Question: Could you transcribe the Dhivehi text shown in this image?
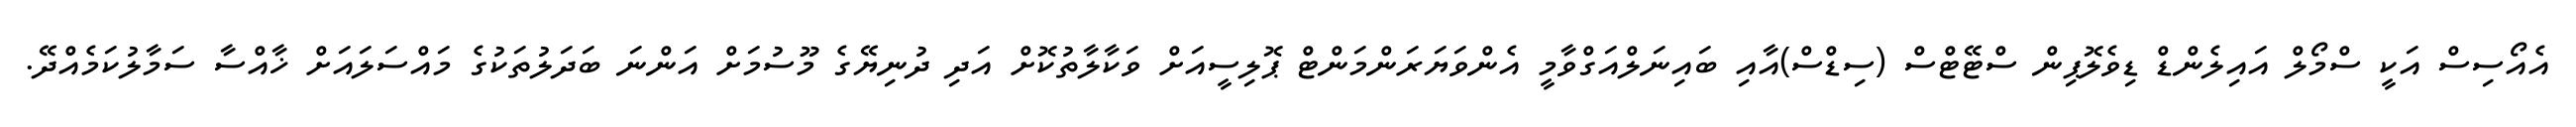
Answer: އެއޯސިސް އަކީ ސްމޯލް އައިލެންޑް ޑިވެލޮޕިން ސްޓޭޓްސް (ސިޑްސް)އާއި ބައިނަލްއަގްވާމީ އެންވަޔަރަންމަންޓް ޕޮލިސީއަށް ވަކާލާތުކޮށް އަދި ދުނިޔޭގެ މޫސުމަށް އަންނަ ބަދަލުތަކުގެ މައްސަލައަށް ޚާއްސާ ސަމާލުކަމެއްދޭ.